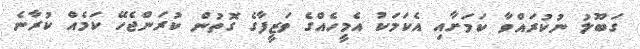
ގަބޫލު ނުކުރައްވާ ކަމަށާއި އެކަމަކު އެމީހެއްގެ ވަޒީފާގެ ގޮތުން ކުރަންޖެހޭ ކަމެއް ކުރާނެ